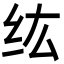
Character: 纮